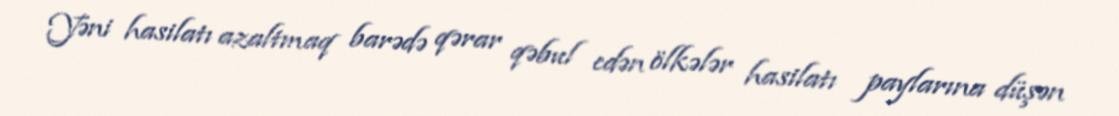
Yəni hasilatı azaltmaq barədə qərar qəbul edən ölkələr hasilatı paylarına düşən